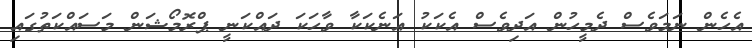
އެހެން ނަމަވެސް ދެމީހުން އަދިވެސް އެކަކު އަނެކަކާ ވާހަކަ ދައްކަނީ ޕްރޮމޯޝަން މަސައްކަތުގައި